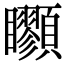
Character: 𩖇